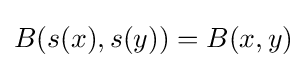
B(s(x),s(y))=B(x,y)